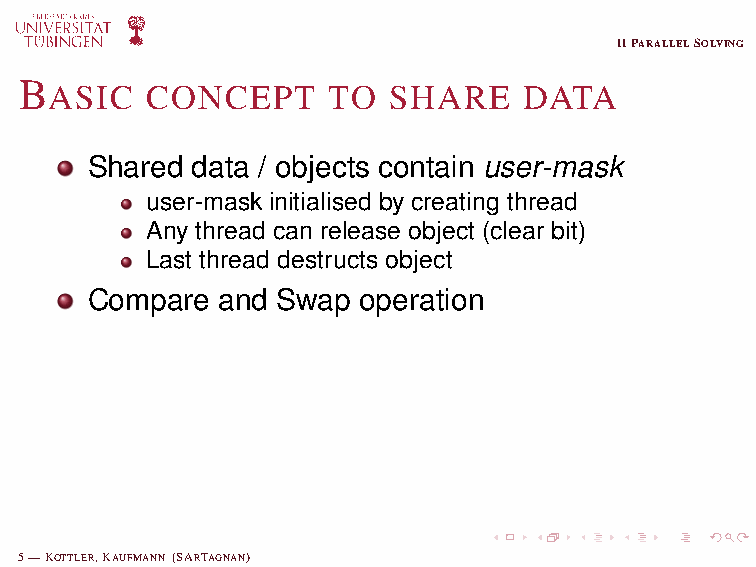
void release(SharedObj obj, tId){
 do{
 SharedObj{     old = obj.umask;
 umask;        new = clear bit ’tId’ in old;
 ...          }while(!exchange(obj.umask,old,new));
 }             if(new == 0) destruct(obj);
 }
 IIPARALLELSOLVING
 B
 ASIC   CONCEPT     TO  SHARE    DATA
 Shared data / objects contain user-mask
 user-mask initialised by creating thread
 Any thread can release object (clear bit)
 Last thread destructs object
 Compare and Swap  operation
 5—KOTTLER,KAUFMANN (SARTAGNAN)